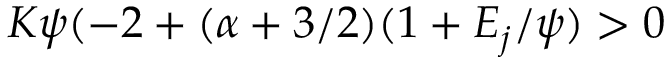
K \psi ( - 2 + ( \alpha + 3 / 2 ) ( 1 + { \cal E } _ { j } / \psi ) > 0